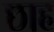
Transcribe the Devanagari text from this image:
छाह